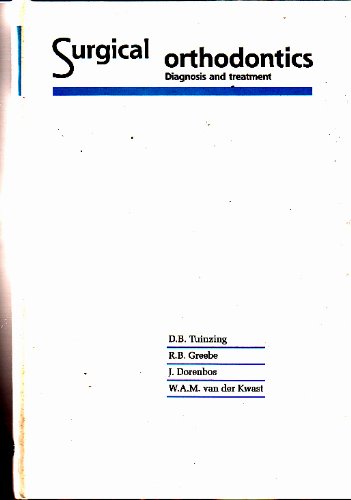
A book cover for Surgical Orthodontics: Diagnosis and Treatment; D. B. Tuinzing; Medical Books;